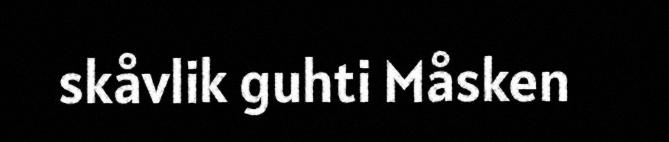
skåvlik guhti Måsken